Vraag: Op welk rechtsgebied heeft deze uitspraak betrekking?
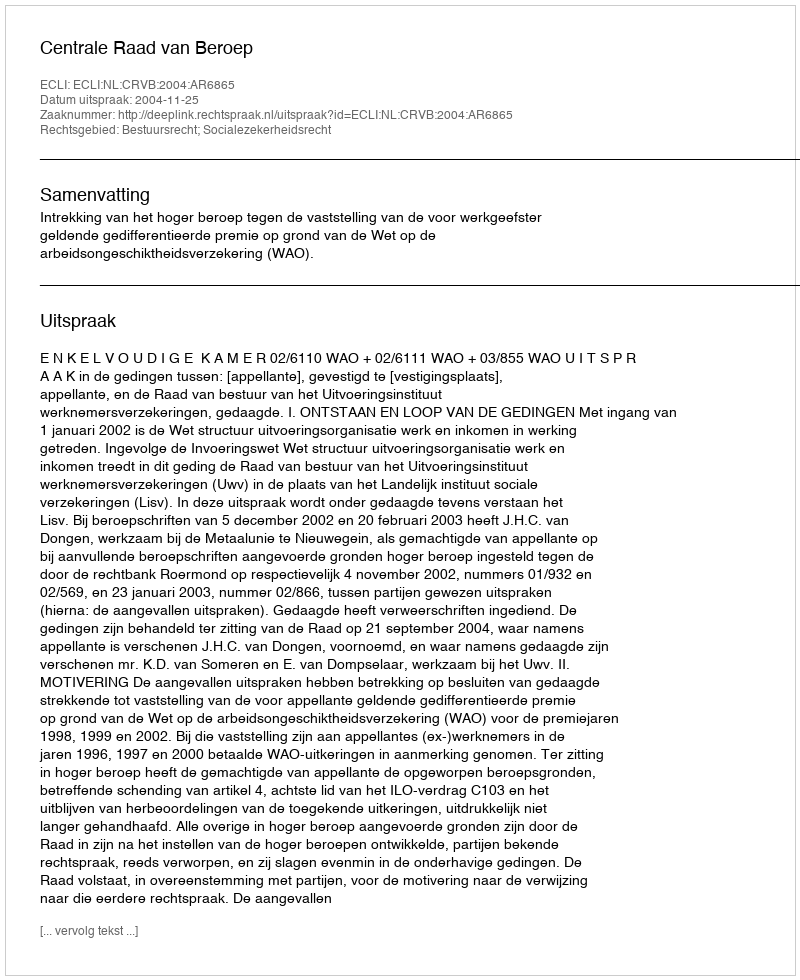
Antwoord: Bestuursrecht; Socialezekerheidsrecht